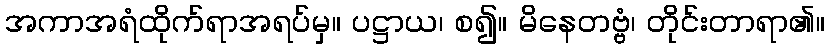
အကာအရံထိုက်ရာအရပ်မှ။ ပဋ္ဌာယ၊ စ၍။ မိနေတဗ္ဗံ၊ တိုင်းတာရာ၏။